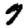
Digit: 7